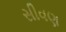
સીવણ